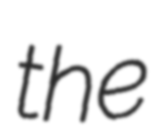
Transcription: the